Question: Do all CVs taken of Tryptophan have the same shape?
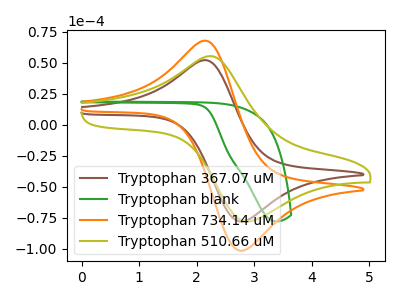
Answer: <think>The brown curve "Tryptophan 367.07 uM" has an anodic peak at (2.20V, 51.85uA) and a cathodic peak at (2.75V, -78.25uA). The green curve "Tryptophan blank" has no peaks. The orange curve "Tryptophan 734.14 uM" has an anodic peak at (2.20V, 67.50uA) and a cathodic peak at (2.75V, -101.85uA). The olive curve "Tryptophan 510.66 uM" has an anodic peak at (2.25V, 55.15uA) and a cathodic peak at (2.95V, -78.00uA).
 "Tryptophan 367.07 uM" and "Tryptophan blank" have a different number of peaks. All the peaks in "Tryptophan 367.07 uM" have a peak in "Tryptophan 734.14 uM" at the same potential. Every peak in "Tryptophan 367.07 uM" is lower than every peak in "Tryptophan 734.14 uM". "Tryptophan 367.07 uM" and "Tryptophan 510.66 uM" have at least one peak that do not match. "Tryptophan blank" and "Tryptophan 734.14 uM" have a different number of peaks. "Tryptophan blank" and "Tryptophan 510.66 uM" have a different number of peaks. "Tryptophan 734.14 uM" and "Tryptophan 510.66 uM" have at least one peak that do not match.</think>
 <answer>All the CV's of "Tryptophan" have similar shape.</answer>
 <eval>follow_rule</eval>